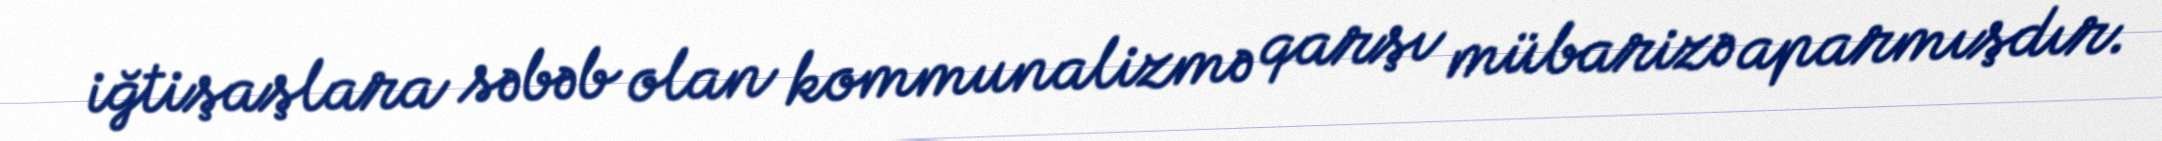
iğtişaşlara səbəb olan kommunalizmə qarşı mübarizə aparmışdır.